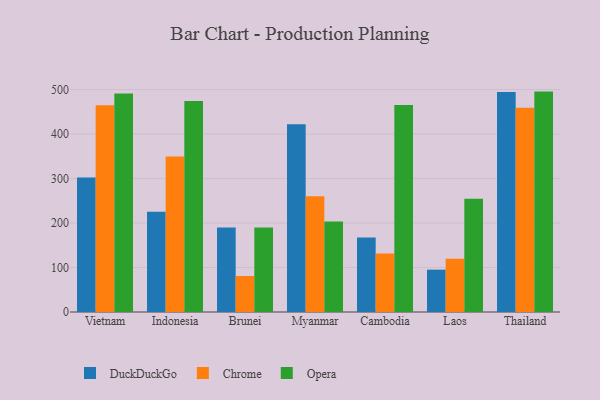
{"axis": {"x": "Country", "y": "Humidity (%)"}, "legend": ["Chrome", "DuckDuckGo", "Opera"], "data": [{"x": "Vietnam", "y": 302.4, "type": "DuckDuckGo"}, {"x": "Vietnam", "y": 464.7, "type": "Chrome"}, {"x": "Vietnam", "y": 491.1, "type": "Opera"}, {"x": "Indonesia", "y": 225.1, "type": "DuckDuckGo"}, {"x": "Indonesia", "y": 349.8, "type": "Chrome"}, {"x": "Indonesia", "y": 474.2, "type": "Opera"}, {"x": "Brunei", "y": 189.9, "type": "DuckDuckGo"}, {"x": "Brunei", "y": 80.9, "type": "Chrome"}, {"x": "Brunei", "y": 190.0, "type": "Opera"}, {"x": "Myanmar", "y": 422.1, "type": "DuckDuckGo"}, {"x": "Myanmar", "y": 260.1, "type": "Chrome"}, {"x": "Myanmar", "y": 203.7, "type": "Opera"}, {"x": "Cambodia", "y": 167.7, "type": "DuckDuckGo"}, {"x": "Cambodia", "y": 131.6, "type": "Chrome"}, {"x": "Cambodia", "y": 465.5, "type": "Opera"}, {"x": "Laos", "y": 95.2, "type": "DuckDuckGo"}, {"x": "Laos", "y": 119.5, "type": "Chrome"}, {"x": "Laos", "y": 254.3, "type": "Opera"}, {"x": "Thailand", "y": 494.5, "type": "DuckDuckGo"}, {"x": "Thailand", "y": 459.1, "type": "Chrome"}, {"x": "Thailand", "y": 495.4, "type": "Opera"}]}